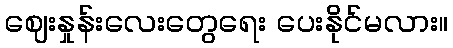
ဈေးနှုန်းလေးတွေရေး ပေးနိုင်မလား။